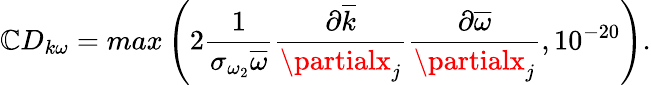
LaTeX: \mathbb{C}D_{k\omega}=max\left(2\frac{{1}}{{\sigma_{\omega_{2}}\overline{{{\omega}}}}}\frac{{\partial\overline{{{k}}}}}{{\partialx_{j}}}\frac{{\partial\overline{{{\omega}}}}}{{\partialx_{j}}},10^{-20}\right).